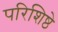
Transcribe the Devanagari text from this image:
परिशिष्ठे